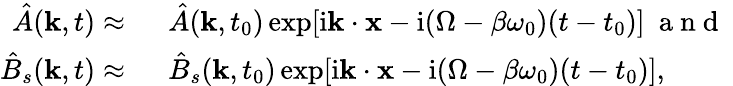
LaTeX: \begin{array}{rl}{\hat{A}(\mathbf{k},t)\approx~}&{{}\hat{A}(\mathbf{k},t_{0})\exp[\mathrm{i}\mathbf{k}\cdot\mathbf{x}-\mathrm{i}(\Omega-\beta\omega_{0})(t-t_{0})]~\mathrm{~a~n~d~}~}\\ {\hat{B}_{s}(\mathbf{k},t)\approx~}&{{}\hat{B}_{s}(\mathbf{k},t_{0})\exp[\mathrm{i}\mathbf{k}\cdot\mathbf{x}-\mathrm{i}(\Omega-\beta\omega_{0})(t-t_{0})],}\end{array}